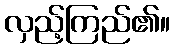
လှည့်ကြည်၏။